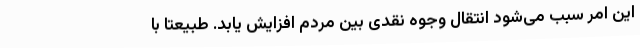
این امر سبب می‌شود انتقال وجوه نقدی بین مردم افزایش یابد. طبیعتا با